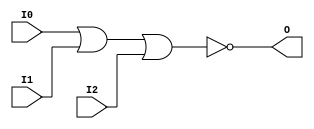
// $Header: /devl/xcs/repo/env/Databases/CAEInterfaces/verunilibs/data/uni9000/NOR3.v,v 1.4 2007/05/23 20:05:07 patrickp Exp $
///////////////////////////////////////////////////////////////////////////////
// Copyright (c) 1995/2004 Xilinx, Inc.
// All Right Reserved.
///////////////////////////////////////////////////////////////////////////////
//   ____  ____
//  /   /\/   /
// /___/  \  /    Vendor : Xilinx
// \   \   \/     Version : 7.1i (H.19)
//  \   \         Description : Xilinx Functional Simulation Library Component
//  /   /                  3-input NOR Gate
// /___/   /\     Filename : NOR3.v
// \   \  /  \    Timestamp : Thu Mar 25 16:42:05 PST 2004
//  \___\/\___\
//
// Revision:
//    03/23/04 - Initial version.
//    05/23/07 - Changed timescale to 1 ps / 1 ps.

`timescale  1 ps / 1 ps

`celldefine

module NOR3 (O, I0, I1, I2);


    output O;

    input  I0, I1, I2;

    nor O1 (O, I0, I1, I2);

    specify
	(I0 *> O) = (0, 0);
	(I1 *> O) = (0, 0);
	(I2 *> O) = (0, 0);
    endspecify

endmodule

`endcelldefine